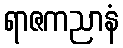
ရာဇကညာနံ